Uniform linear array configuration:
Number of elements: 48
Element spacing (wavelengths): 0.5
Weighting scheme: hann
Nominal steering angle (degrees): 30
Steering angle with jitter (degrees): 28.875
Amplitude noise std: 0.05
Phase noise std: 0.05

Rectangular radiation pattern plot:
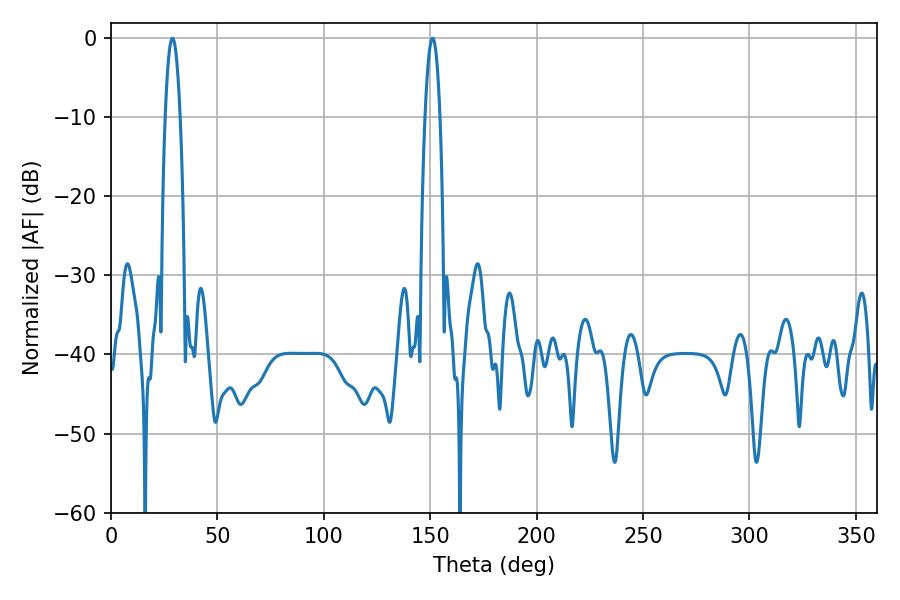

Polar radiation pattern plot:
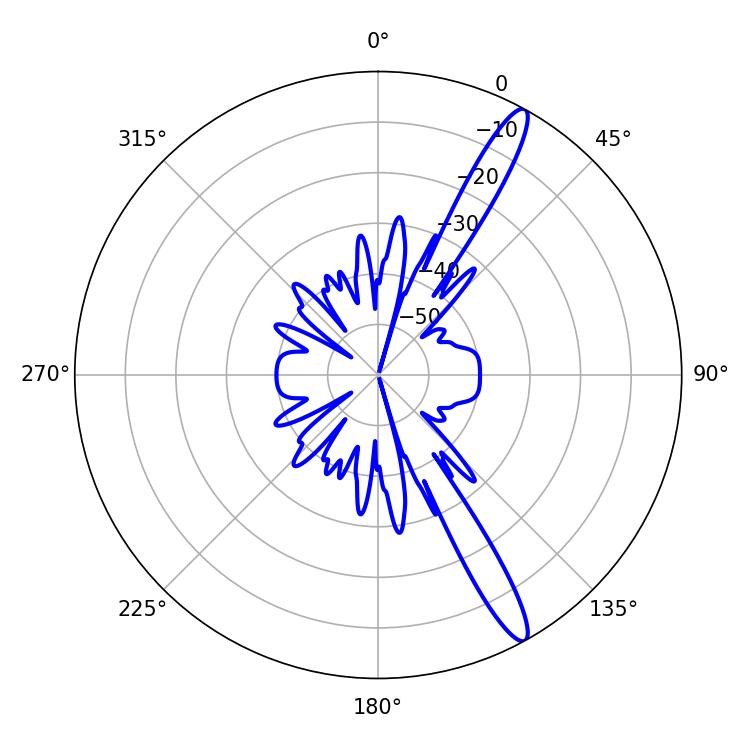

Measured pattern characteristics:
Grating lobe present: FALSE
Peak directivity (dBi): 14.489
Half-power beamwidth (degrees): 3.78
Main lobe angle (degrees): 28.8